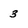
Character: 3